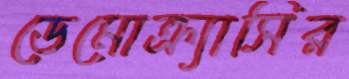
ডেমোক্র্যাসির